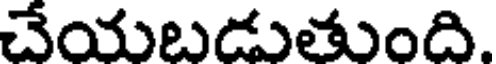
చేయబడుతుంది.